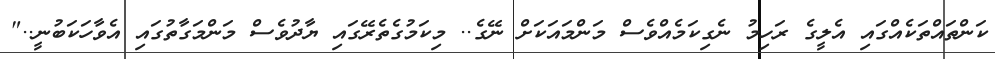
ކަންތައްތަކެއްގައި އެލީގެ ރަހިމު ނެގިކަމެއްވެސް މަންމައަކަށް ނޭގެ.. މިކަމުގެތެރޭގައި ޔާދުވެސް މަންމަގާތުގައި އެވާހަކަބުނީ.."